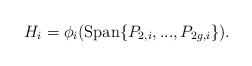
LaTeX: \begin{align*}H_{i}=\phi_{i}(\mathrm{Span}\{P_{2,i},...,P_{2g,i}\}).\end{align*}